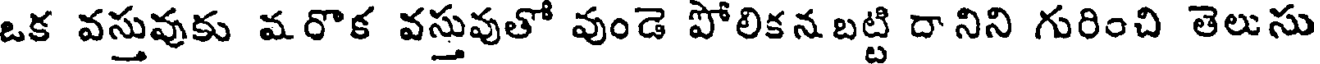
ఒక వస్తువుకు మరొక వస్తువుతో వుండె పోలికన బట్టి దా నిని గురించి తెలుసు